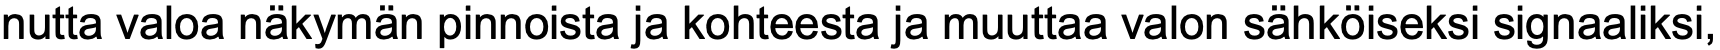
nutta valoa näkymän pinnoista ja kohteesta ja muuttaa valon sähköiseksi signaaliksi,